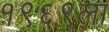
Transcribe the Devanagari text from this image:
१९६९ला